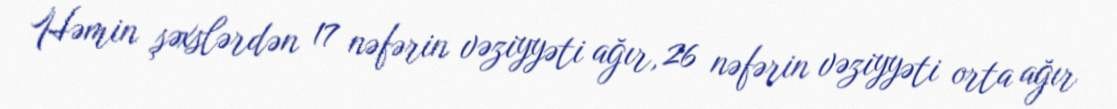
Həmin şəxslərdən 17 nəfərin vəziyyəti ağır, 26 nəfərin vəziyyəti orta ağır